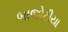
બાજોટીયા